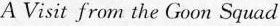
A Visit from the Goon Squad